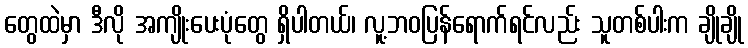
တွေထဲမှာ ဒီလို အကျိုးပေးပုံတွေ ရှိပါတယ်၊ လူ့ဘဝပြန်ရောက်ရင်လည်း သူတစ်ပါးက ချိုချို